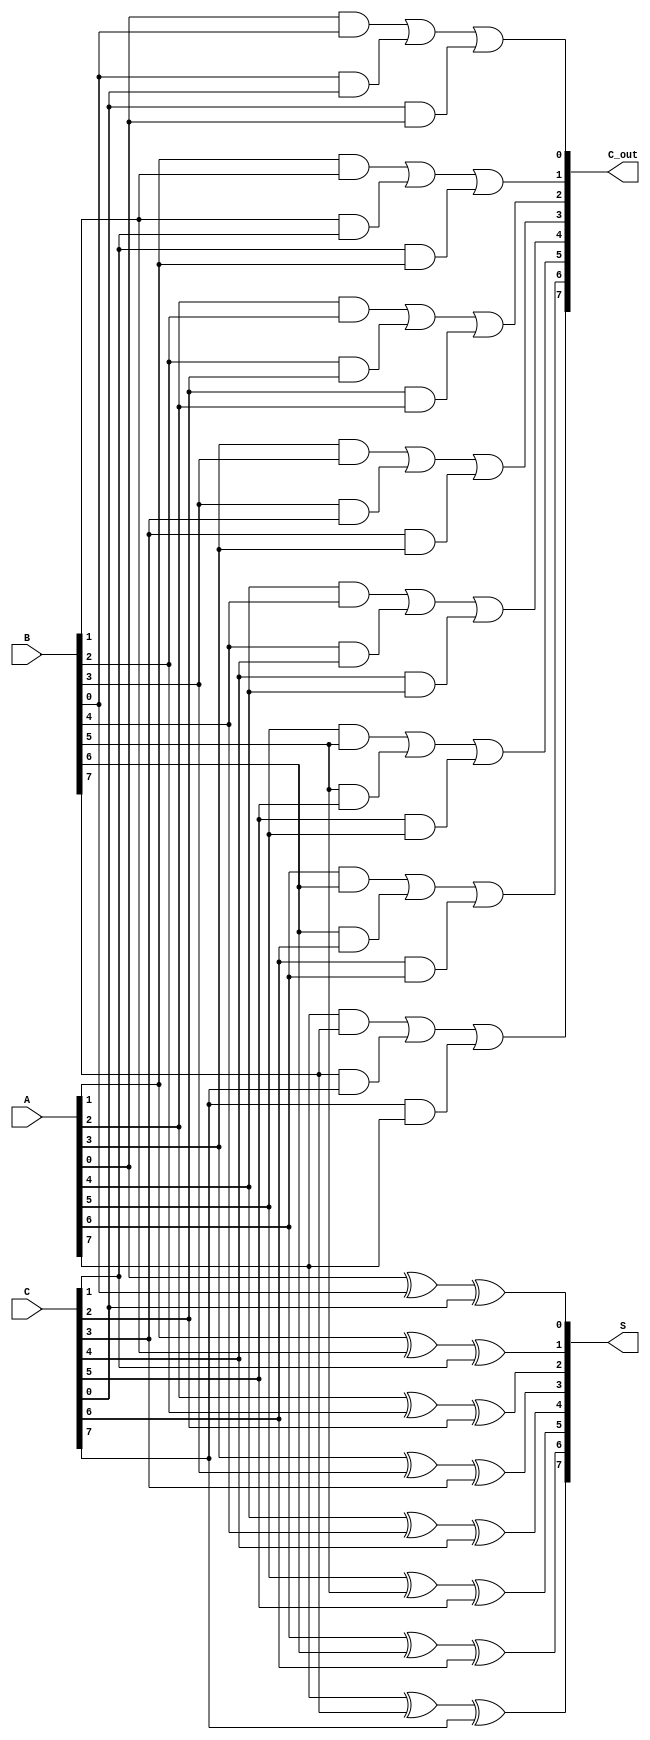
module ModifiedCarrySaveAdder #(parameter N = 8) (
    input  wire [N-1:0] A,  // First operand
    input  wire [N-1:0] B,  // Second operand
    input  wire [N-1:0] C,  // Third operand
    output wire [N-1:0] S,  // Partial sum output
    output wire [N-1:0] C_out // Carry output
);
    // Generate partial sums and carries
    genvar i;
    generate
        for (i = 0; i < N; i = i + 1) begin : add_bits
            // Compute partial sum for each bit position
            assign S[i] = A[i] ^ B[i] ^ C[i]; // XOR for sum
            
            // Compute carry for each bit position
            assign C_out[i] = (A[i] & B[i]) | (B[i] & C[i]) | (C[i] & A[i]); // OR of ANDs for carry
        end
    endgenerate
endmodule